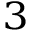
^ 3